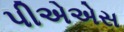
પીએએસ